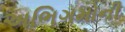
અભિગમોની